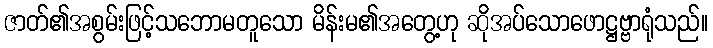
ဇာတ်၏အစွမ်းဖြင့်သဘောမတူသော မိန်းမ၏အတွေ့ဟု ဆိုအပ်သောဖောဋ္ဌဗ္ဗာရုံသည်။